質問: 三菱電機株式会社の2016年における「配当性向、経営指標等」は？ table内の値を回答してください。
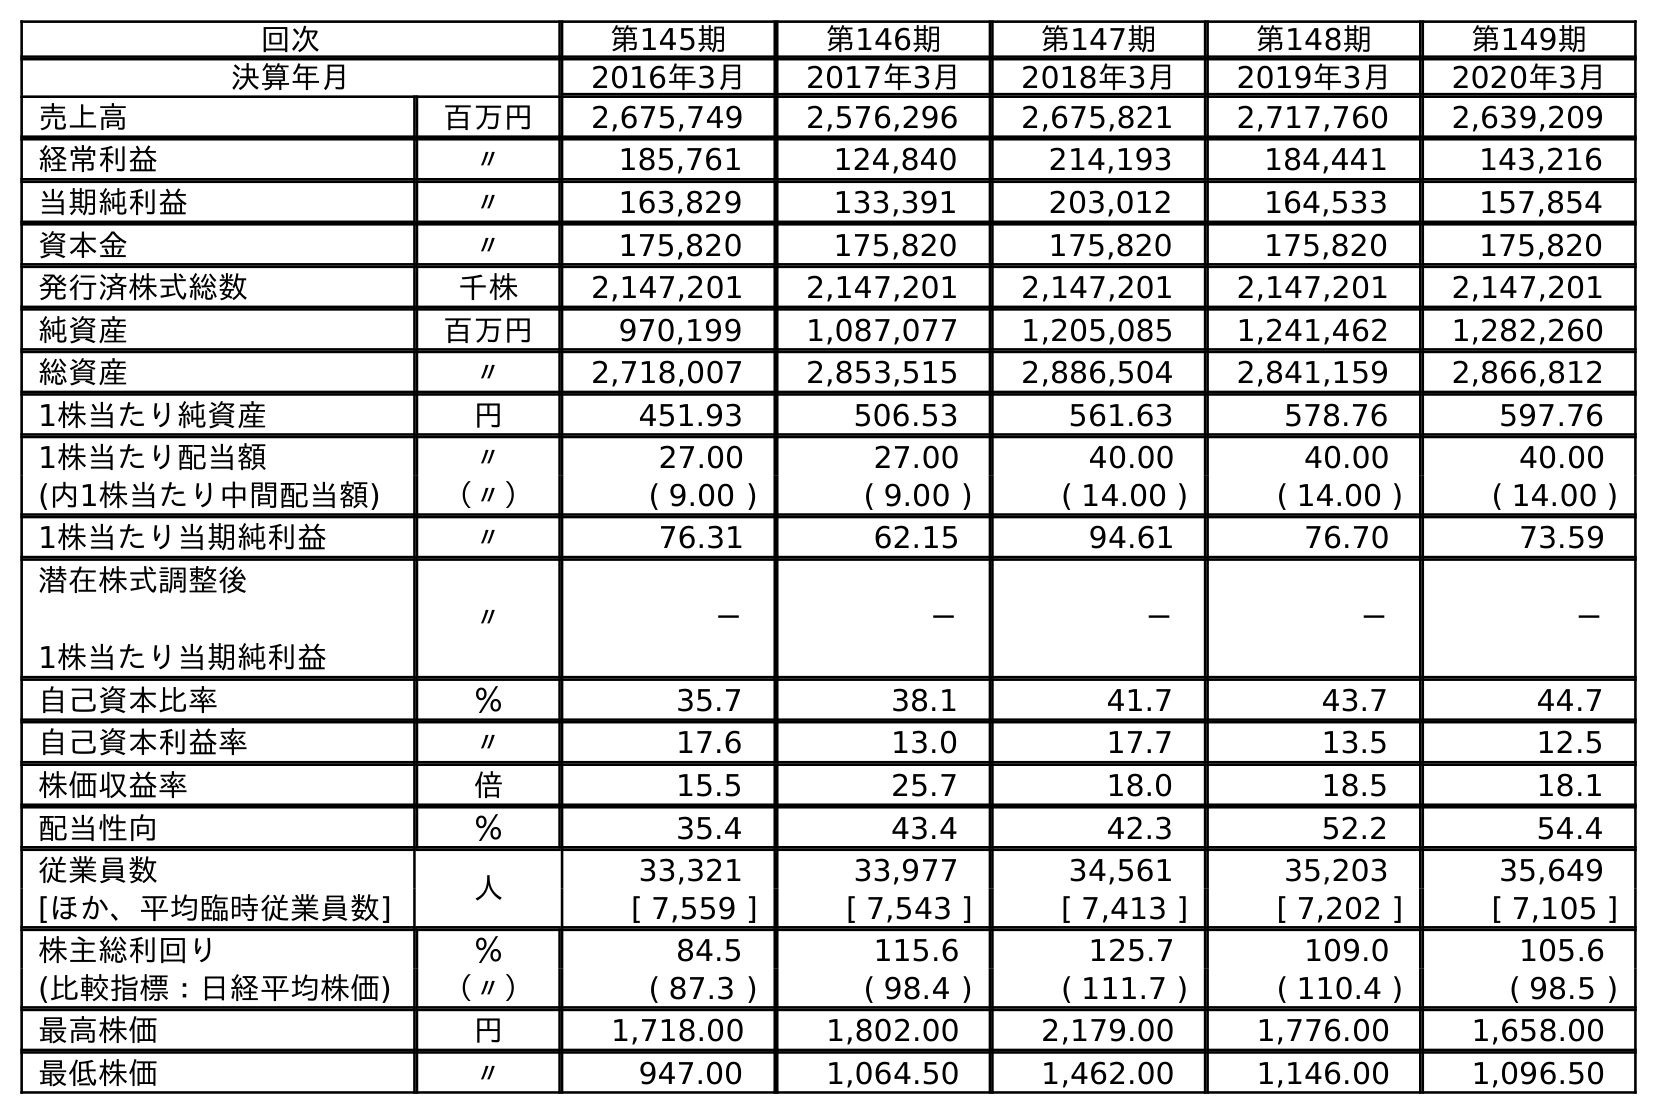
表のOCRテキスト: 回次 第145期 第146期 第147期 第148期 第149期 決算年月 2016年3月 2017年3月 2018年3月 2019年3月 2020年3月 売上高 百万円 2,675,749 2,576,296 2,675,821 2,717,760 2,639,209 経常利益 〃 185,761 124,840 214,193 184,441 143,216 当期純利益 〃 163,829 133,391 203,012 164,533 157,854 資本金 〃 175,820 175,820 175,820 175,820 175,820 発行済株式総数 千株 2,147,201 2,147,201 2,147,201 2,147,201 2,147,201 純資産 百万円 970,199 1,087,077 1,205,085 1,241,462 1,282,260 総資産 〃 2,718,007 2,853,515 2,886,504 2,841,159 2,866,812 1株当たり純資産 円 451.93 506.53 561.63 578.76 597.76 1株当たり配当額 〃 27.00 27.00 40.00 40.00 40.00 (内1株当たり中間配当額) （〃） ( 9.00 ) ( 9.00 ) ( 14.00 ) ( 14.00 ) ( 14.00 ) 1株当たり当期純利益 〃 76.31 62.15 94.61 76.70 73.59 潜在株式調整後 1株当たり当期純利益 〃 － － － － － 自己資本比率 ％ 35.7 38.1 41.7 43.7 44.7 自己資本利益率 〃 17.6 13.0 17.7 13.5 12.5 株価収益率 倍 15.5 25.7 18.0 18.5 18.1 配当性向 ％ 35.4 43.4 42.3 52.2 54.4 従業員数 人 33,321 33,977 34,561 35,203 35,649 [ほか、平均臨時従業員数] [ 7,559 ] [ 7,543 ] [ 7,413 ] [ 7,202 ] [ 7,105 ] 株主総利回り ％ 84.5 115.6 125.7 109.0 105.6 (比較指標：日経平均株価) （〃） ( 87.3 ) ( 98.4 ) ( 111.7 ) ( 110.4 ) ( 98.5 ) 最高株価 円 1,718.00 1,802.00 2,179.00 1,776.00 1,658.00 最低株価 〃 947.00 1,064.50 1,462.00 1,146.00 1,096.50
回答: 35.4